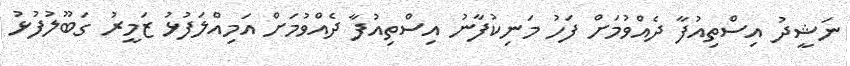
ނަޝީދު އިސްތިއުފާ ދެއްވުމަށް ފަހު މަނިކުފާނު އިސްތިއުފާ ދެއްވުމަށް އަމިއްލަފުޅު ޒަމީރު ގަބޫލުފުޅު